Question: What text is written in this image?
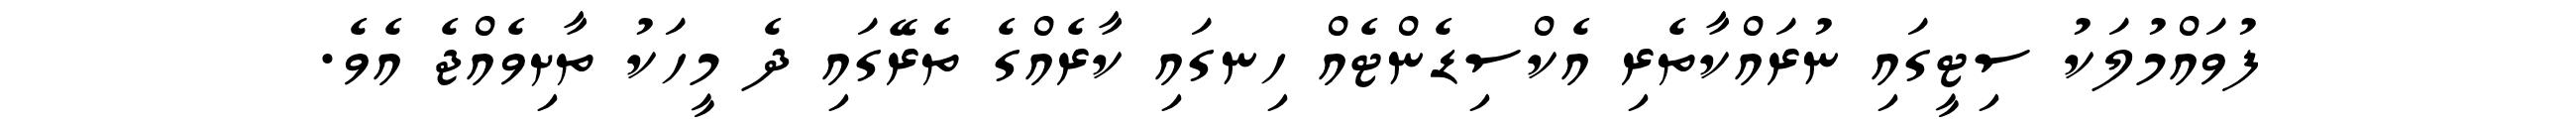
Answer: ފުވައްމުލަކު ސިޓީގައި ނުރައްކާތެރި އެކްސިޑެންޓެއް ހިނގައި ކާރެއްގެ ތެރޭގައި ދެ މީހަކު ތާށިވެއްޖެ އެވެ.